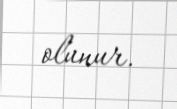
olunur.